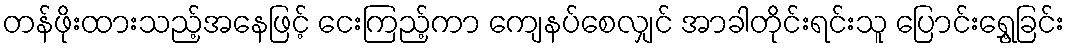
တန်ဖိုးထားသည့်အနေဖြင့် ငေးကြည့်ကာ ကျေနပ်စေလျှင် အာခါတိုင်းရင်းသူ ပြောင်းရွှေ့ခြင်း